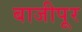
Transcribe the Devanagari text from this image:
बाजीपूर